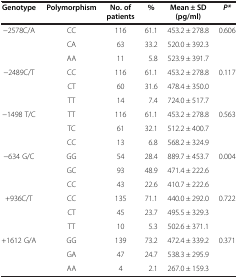
| Genotype | Polymorphism | No. of patients | % | Mean ± SD (pg/ml) | P* |
 | --- | --- | --- | --- | --- | --- |
 | −2578C/A | CC | 116 | 61.1 | 453.2 ± 278.8 | 0.606 |
 |  | CA | 63 | 33.2 | 520.0 ± 392.3 |  |
 |  | AA | 11 | 5.8 | 523.9 ± 391.7 |  |
 | −2489C/T | CC | 116 | 61.1 | 453.2 ± 278.8 | 0.117 |
 |  | CT | 60 | 31.6 | 478.4 ± 350.0 |  |
 |  | TT | 14 | 7.4 | 724.0 ± 517.7 |  |
 | −1498 T/C | TT | 116 | 61.1 | 453.2 ± 278.8 | 0.563 |
 |  | TC | 61 | 32.1 | 512.2 ± 400.7 |  |
 |  | CC | 13 | 6.8 | 568.2 ± 324.9 |  |
 | −634 G/C | GG | 54 | 28.4 | 889.7 ± 453.7 | 0.004 |
 |  | GC | 93 | 48.9 | 471.4 ± 222.6 |  |
 |  | CC | 43 | 22.6 | 410.7 ± 222.6 |  |
 | +936C/T | CC | 135 | 71.1 | 440.0 ± 292.0 | 0.722 |
 |  | CT | 45 | 23.7 | 495.5 ± 329.3 |  |
 |  | TT | 10 | 5.3 | 502.6 ± 371.1 |  |
 | +1612 G/A | GG | 139 | 73.2 | 472.4 ± 339.2 | 0.371 |
 |  | GA | 47 | 24.7 | 538.3 ± 295.9 |  |
 |  | AA | 4 | 2.1 | 267.0 ± 159.3 |  |